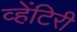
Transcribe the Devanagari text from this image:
व्हेंटिरी